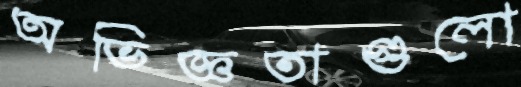
অভিজ্ঞতাগুলো